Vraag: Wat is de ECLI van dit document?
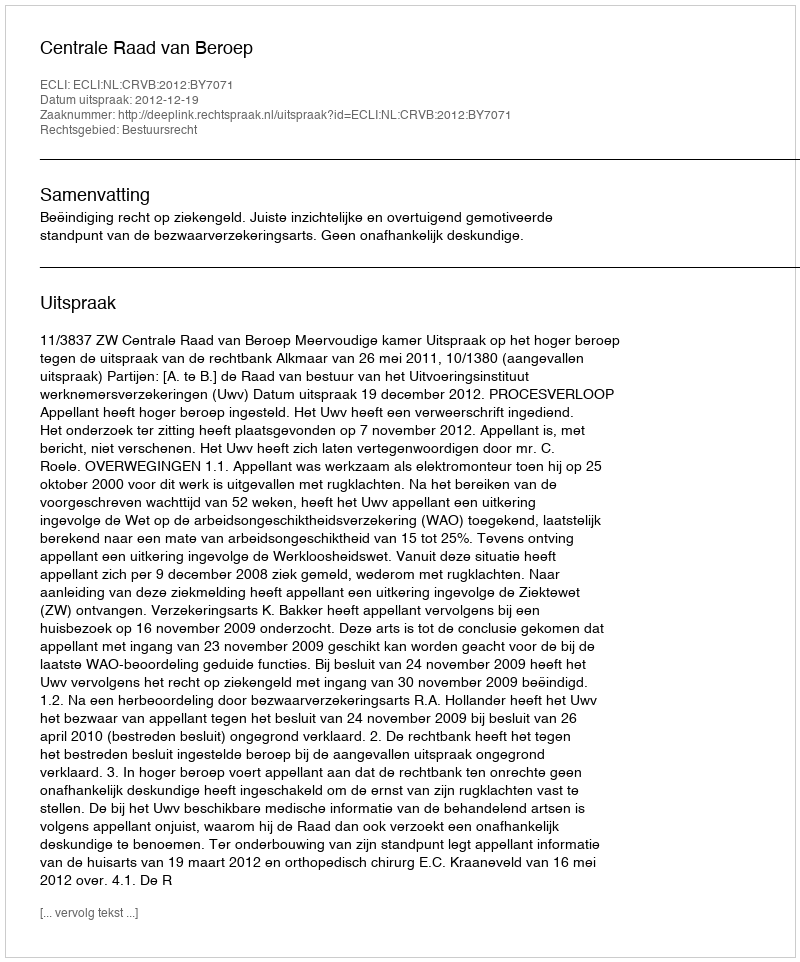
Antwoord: ECLI:NL:CRVB:2012:BY7071